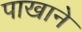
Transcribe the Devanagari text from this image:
पाखाने